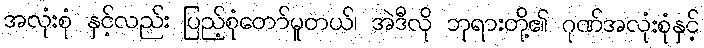
အလုံးစုံ နှင့်လည်း ပြည့်စုံတော်မူတယ်၊ အဲဒီလို ဘုရားတို့၏ ဂုဏ်အလုံးစုံနှင့်